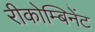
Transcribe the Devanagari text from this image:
रीकोम्बिनेंट